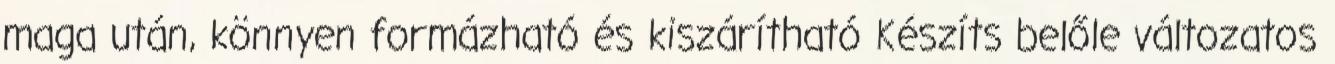
maga után, könnyen formázható és kiszárítható Készíts belőle változatos